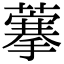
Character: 藆